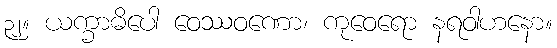
၃၂။ ယက္ခာဓိပေါ ဝေဿဝဏော၊ ကုဝေရော နရဝါဟနော။